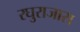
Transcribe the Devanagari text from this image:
रघुराजास